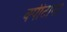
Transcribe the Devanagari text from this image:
क्पीटाना